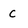
Character: c